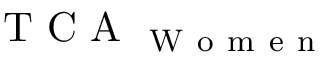
\mathrm { ~ T ~ C ~ A ~ } _ { \mathrm { ~ W ~ o ~ m ~ e ~ n ~ } }